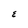
Character: E